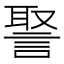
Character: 𧩞